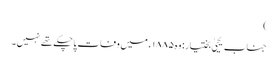
)
جناب یحییٰ بختیار: وہ ۱۸۸۵ء میں وفات پاچکے تھے نہیں۔